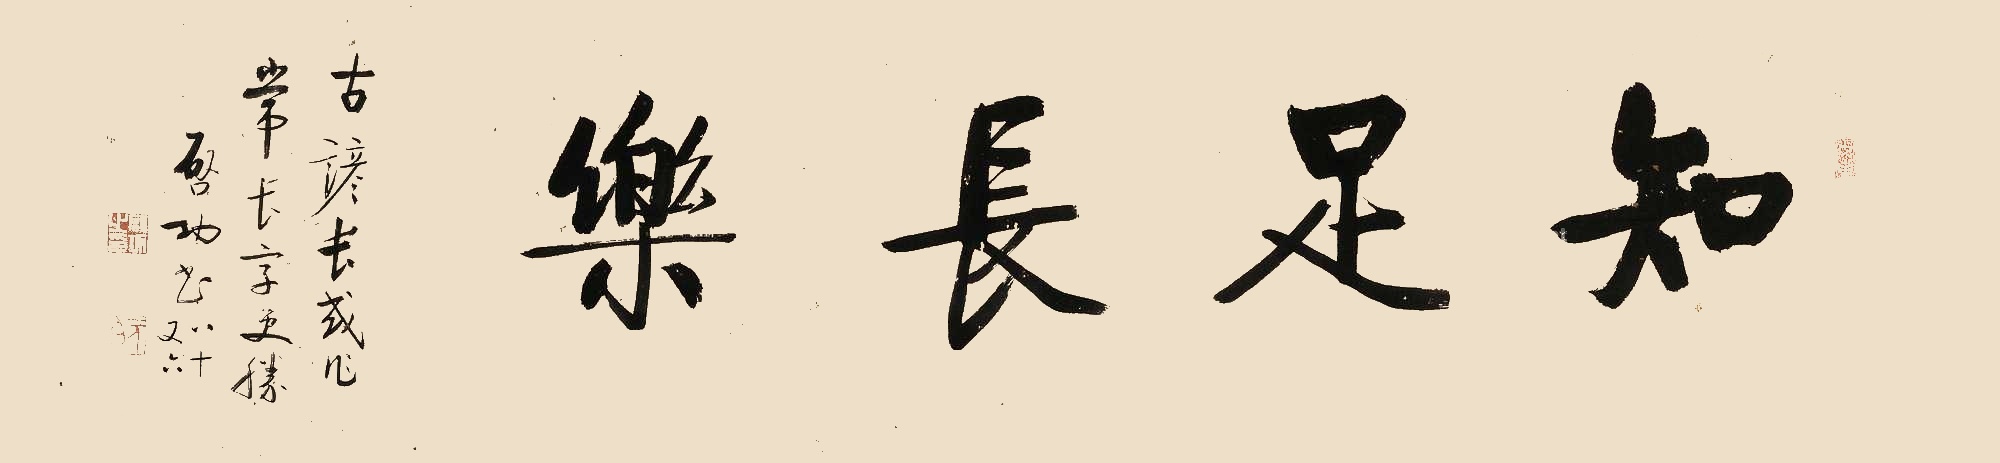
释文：知足长乐。古谚长或作常，长字更胜。启功书，八十又六。